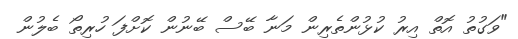
"ވަގުތު އޮތް އިރު ކުޅުންތެރިން މަނާ ބޭސް ބޭނުން ކޮށްފަ ހުރިތޯ ބެލުން